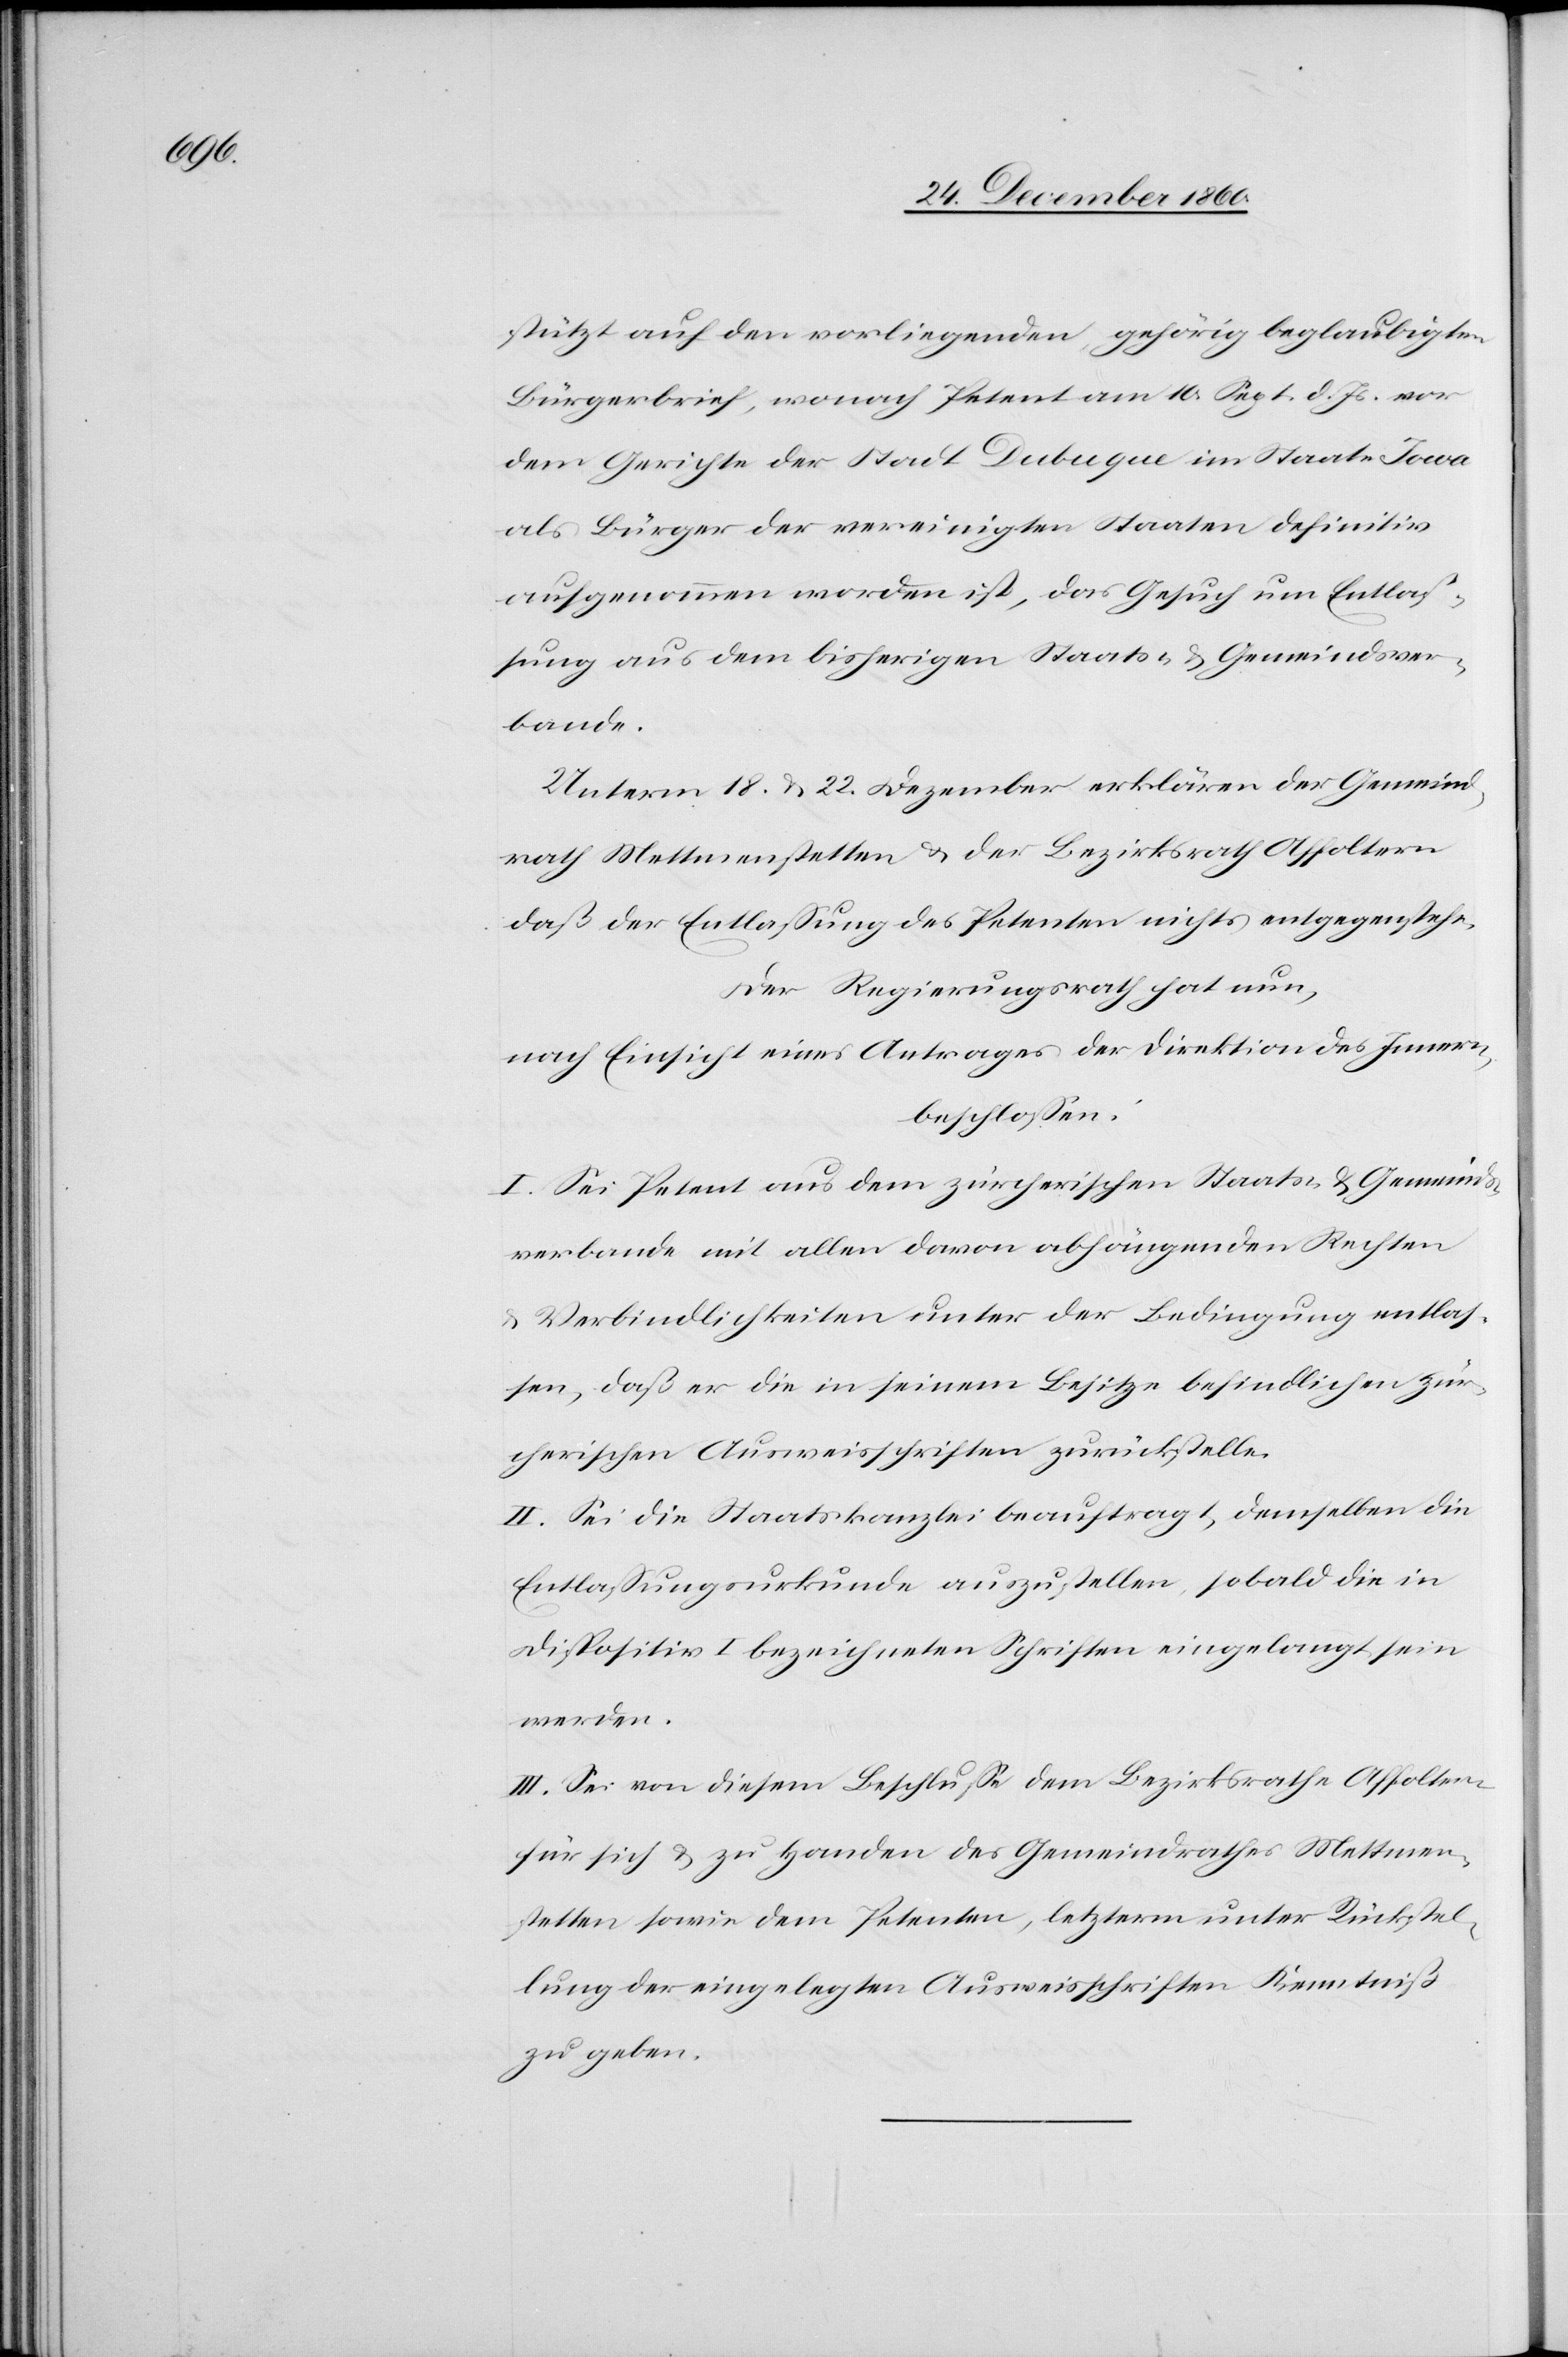
stützt auf den vorliegenden, gehörig beglaubigten
Bürgerbrief, wonach Petent am 10. Sept. d. Js. vor
dem Gerichte der Stadt Dubuque im Staate Iowa
als Bürger der vereinigten Staaten definitiv
aufgenommen worden ist, das Gesuch um Entlas¬
sung aus dem bisherigen Staats- u. Gemeindsver¬
bande.
Unterm 18. u. 22. Dezember erklären der Gemeind¬
rath Mettmenstetten u. der Bezirksrath Affoltern
daß der Entlassung des Petenten nichts entgegenstehe.
Der Regierungsrath hat nun,
nach Einsicht eines Antrages der Direktion des Innern,
beschlossen.
I. Sei Petent aus dem zürcherischen Staats- u. Gemeinds¬
verbande mit allen davon abhängenden Rechten
u. Verbindlichkeiten unter der Bedingung entlas¬
sen, daß er die in seinem Besitze befindlichen zür¬
cherischen Ausweisschriften zurückstelle.
II. Sei die Staatskanzlei beauftragt, demselben die
Entlassungsurkunde auszustellen, sobald die in
Dispositiv I bezeichneten Schriften eingelangt sein
werden.
III. Sei von diesem Beschlusse dem Bezirksrathe Affoltern
für sich u. zu Handen des Gemeindrathes Mettmen¬
stetten sowie dem Petenten, letzterm unter Rückstel¬
lung der eingelegten Ausweisschriften Kenntniß
zu geben.